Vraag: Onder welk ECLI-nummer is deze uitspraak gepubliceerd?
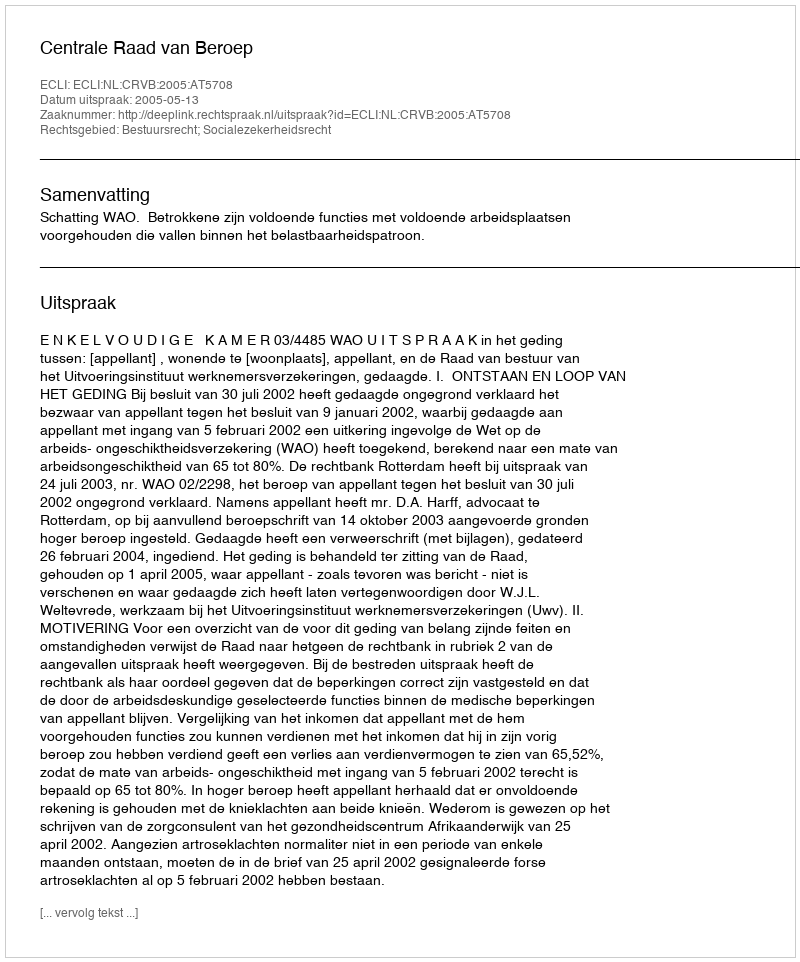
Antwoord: ECLI:NL:CRVB:2005:AT5708